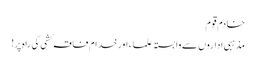
خادم قوم
مذہبی اداروں سے وابستہ علماء اورخدام فاقہ کشی کی راہ پر!